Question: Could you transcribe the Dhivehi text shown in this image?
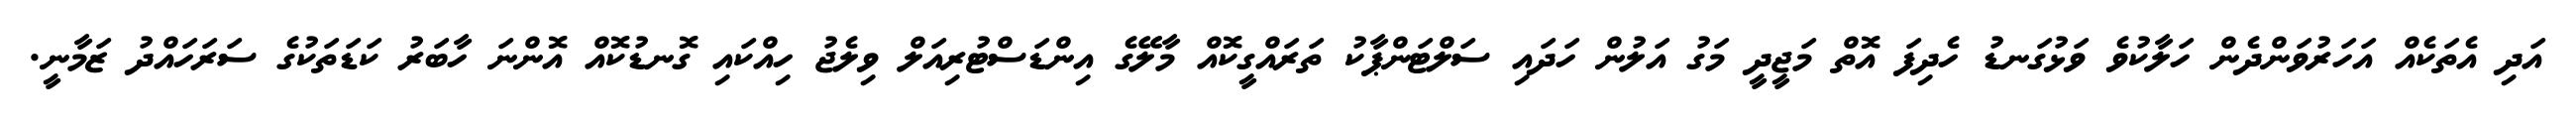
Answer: އަދި އެތަކެއް އަހަރުވަންދެން ހަލާކުވެ ވަޅުގަނޑު ހެދިފަ އޮތް މަޖީދީ މަގު އަލުން ހަދައި ސަލްޓަންޕާކު ތަރައްގީކޮއް މާލޭގެ އިންޑަސްޓުރިއަލް ވިލެޖު ހިއްކައި ގޮނޑުކޮއް އޮންނަ ހާބަރު ކަޑަތަކުގެ ސަރަހައްދު ޒަމާނީ.